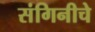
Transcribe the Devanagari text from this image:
संगिनीचे